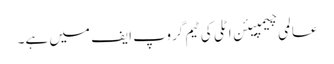
عالمی چیمپیئن اٹلی کی ٹیم گروپ ایف میں ہے۔